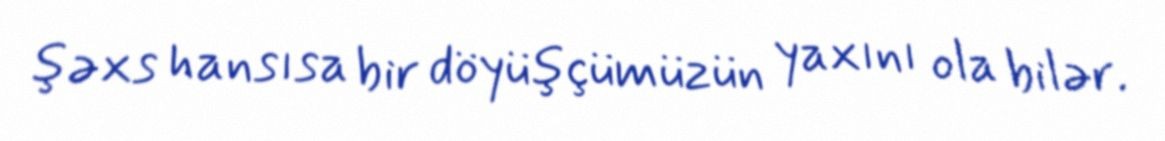
şəxs hansısa bir döyüşçümüzün yaxını ola bilər.